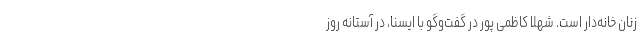
زنان خانه‌دار است. شهلا کاظمی پور در گفت‌وگو با ایسنا، در آستانه روز